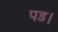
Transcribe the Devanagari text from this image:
पड।